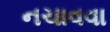
નચાવવા